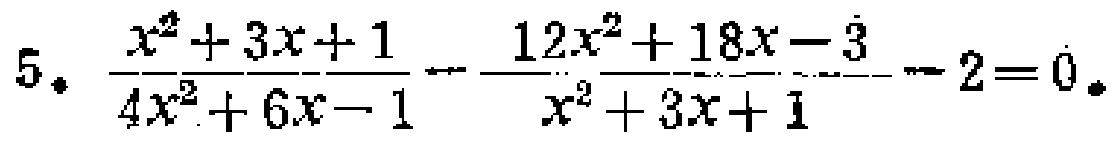
\[5.\ \frac{x^{2}+3x + 1}{4x^{2}+6x - 1}-\frac{12x^{2}+18x - 3}{x^{2}+3x + 1}-2 = 0.\]